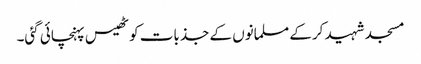
مسجد شہید کرکے مسلمانوں کے جذبات کو ٹھیس پہنچائی گئی۔